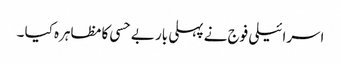
اسرائیلی فوج نے پہلی بار بے حسی کا مظاہرہ کیا ۔